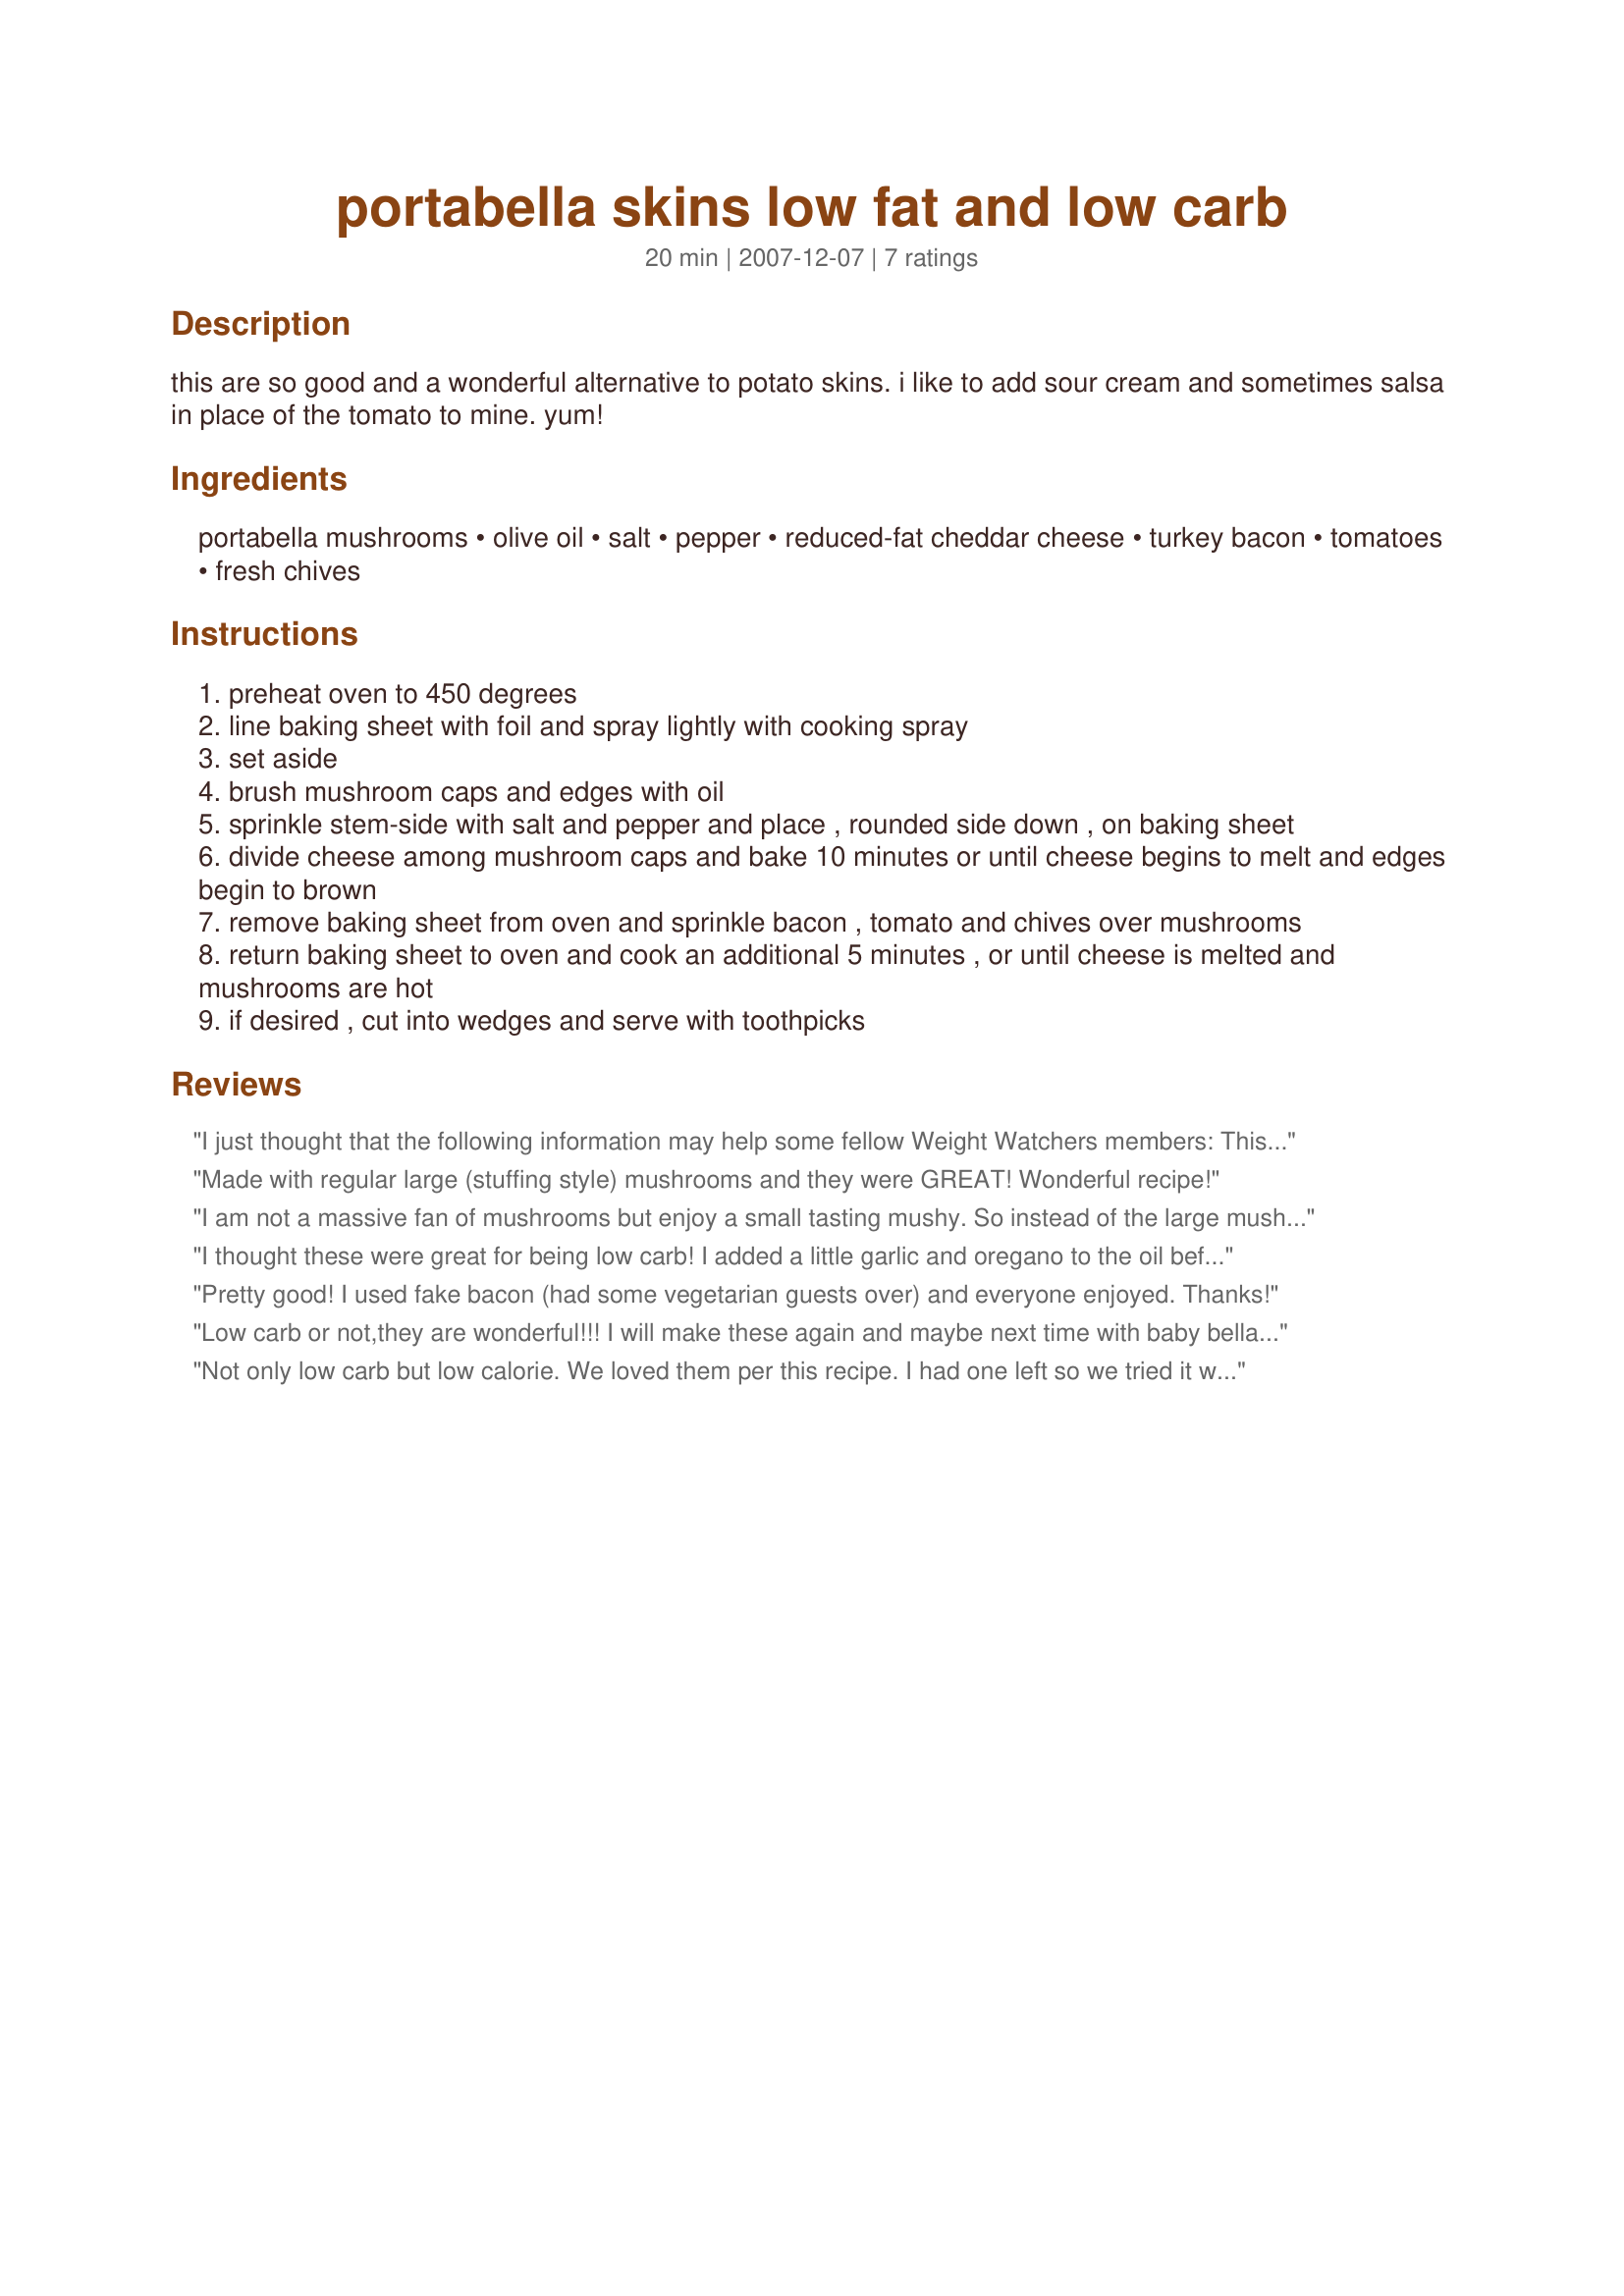
portabella skins low fat and low carb
Preparation time: 20 minutes

this are so good and a wonderful alternative to potato skins. i like to add sour cream and sometimes salsa in place of the tomato to mine. yum!

Ingredients:
portabella mushrooms, olive oil, salt, pepper, reduced-fat cheddar cheese, turkey bacon, tomatoes, fresh chives

Steps:
preheat oven to 450 degrees
line baking sheet with foil and spray lightly with cooking spray
set aside
brush mushroom caps and edges with oil
sprinkle stem-side with salt and pepper and place , rounded side down , on baking sheet
divide cheese among mushroom caps and bake 10 minutes or until cheese begins to melt and edges begin to brown
remove baking sheet from oven and sprinkle bacon , tomato and chives over mushrooms
return baking sheet to oven and cook an additional 5 minutes , or until cheese is melted and mushrooms are hot
if desired , cut into wedges and serve with toothpicks

Reviews:
I just thought that the following information may help some fellow Weight Watchers members: This is actually a Hungry Girl "approved" Recipe!
HG's Super Bowl Recipe Find!!!
(1 portabella: 90 calories, 5g fat, 330mg sodium, 6g carbs, 1.5g fiber, 2g sugars, 6g protein = 2 Points)
HG Tip! Watching your fat count closely? Use nonstick spray in place of the oil in this recipe, and each serving will have just 60 calories, 1.5g fat, and 1 Point! Woohoo!
Made with regular large (stuffing style) mushrooms and they were GREAT! Wonderful recipe!
I am not a massive fan of mushrooms but enjoy a small tasting mushy. So instead of the large mushrooms I used button mushrooms and followed the receipe exactly with the exception of adding a small dollop of crushed garlic inside the mushroom before the cheese, my husband loved them and was disappointed that they were all gown. I enjoyed them too as they were small enough to eat in one mouthful and enjoy the combined flavours not just the mushroom flavour. Thanks will use again as low carb ideas, good ones are hard to come by!!!
I thought these were great for being low carb! I added a little garlic and oregano to the oil before i brush it on the mushrooms but left everything else the same. Great idea for low carb dieters!
Pretty good! I used fake bacon (had some vegetarian guests over) and everyone enjoyed. Thanks!
Low carb or not,they are wonderful!!! I will make these again and maybe next time with baby bellas so you can just pop them in your mouth.Thanks for a great recipe
Not only low carb but low calorie. We loved them per this recipe. I had one left so we tried it with a small side of wheat pasta with sauce. Very tasty. Will prepare this again and again! Thank you.
